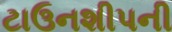
ટાઉનશીપની